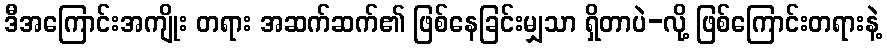
ဒီအကြောင်းအကျိုး တရား အဆက်ဆက်၏ ဖြစ်နေခြင်းမျှသာ ရှိတာပဲ-လို့ ဖြစ်ကြောင်းတရားနဲ့